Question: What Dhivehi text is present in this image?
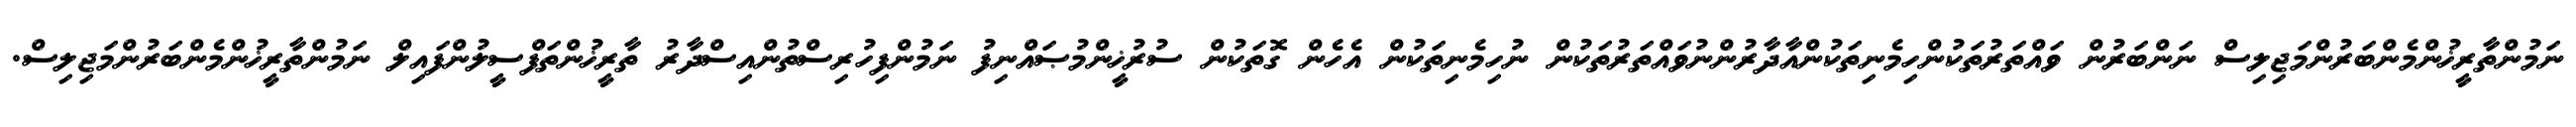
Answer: ނަމުންތާރީޚުންމެންބަރުންމަޖިލިސް ނަންބަރުން ވައްތަރުތަކުންހިމެނިތަކުންއާދާރުންނުވައްތަރުތަކުން ނުހިމެނިތަކުން އެހެން ގޮތަކުން ސުރުޚީންމުޞައްނިފު ނަމުންފިހުރިސްތުންއިސްދާރު ތާރީޚުންތަފްސީލުންފައިލް ނަމުންތާރީޚުންމެންބަރުންމަޖިލިސް.